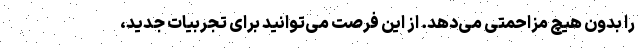
را بدون هیچ مزاحمتی می‌دهد. از این فرصت می‌توانید برای تجربیات جدید،